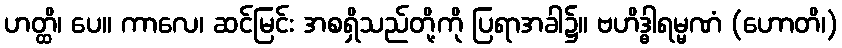
ဟတ္ထိ၊ ပေ။ ကာလေ၊ ဆင်မြင်း အစရှိသည်တို့ကို ပြရာအခါ၌။ ဗဟိဒ္ဓါရမ္မဏံ (ဟောတိ၊)